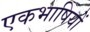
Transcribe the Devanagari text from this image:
एकभाषियों